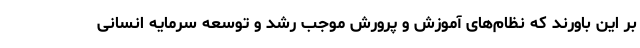
بر این باورند که نظام‌های آموزش و پرورش موجب رشد و توسعه سرمایه انسانی